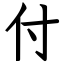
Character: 付